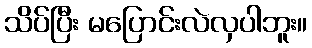
သိပ်ပြီး မပြောင်းလဲလှပါဘူး။